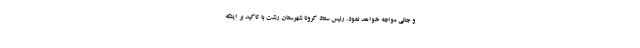
و جانی مواجه خواهد نمود. رئیس ستاد کرونا شهرستان رشت با تاکید بر اینکه